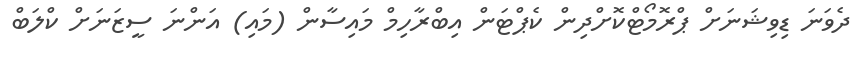
ދެވަނަ ޑިވިޝަނަށް ޕްރޮމޯޓްކޮށްދިން ކެޕްޓަން އިބްރާހިމް މައިސާން (މައި) އަންނަ ސީޒަނަށް ކްލަބް